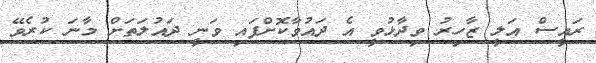
ރައީސް އަލީ ޒާހިރު ވިދާޅުވީ އެ ދައުވާކޮށްފައި ވަނީ ދައުލަތަށް މާނަ ކުރެވޭ